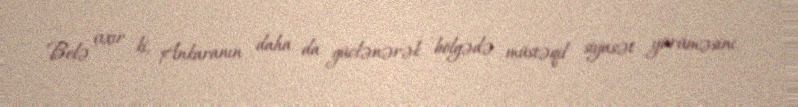
Belə çıxır ki, Ankaranın daha da güclənərək bölgədə müstəqil siyasət yürüməsini